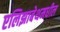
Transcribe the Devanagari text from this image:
एलिझाबेथमधील